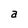
Character: a